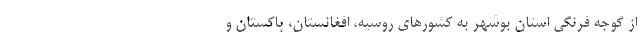
از گوجه فرنگی استان بوشهر به کشورهای روسیه، افغانستان، پاکستان و